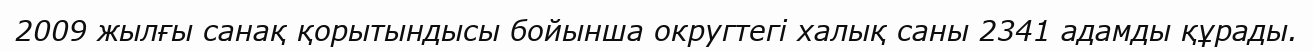
2009 жылғы санақ қорытындысы бойынша округтегі халық саны 2341 адамды құрады.